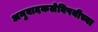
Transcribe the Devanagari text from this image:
अनुवादकलेविषयीच्या